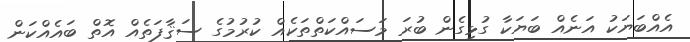
އެއްބަޔަކު އަނެއް ބަޔަކާ ގުޅިގެން ބުރަ މަސައްކަތްތަކެއް ކުރުމުގެ ސަޤާފަތެއް އޮތް ބައެއްކަން